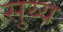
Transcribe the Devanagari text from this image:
सुय्य